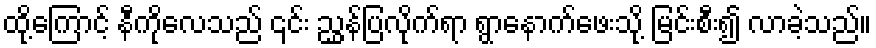
ထို့ကြောင့် နီကိုလေသည် ၎င်း ညွှန်ပြလိုက်ရာ ရွာနောက်ဖေးသို့ မြင်းစီး၍ လာခဲ့သည်။